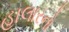
હાલારનો